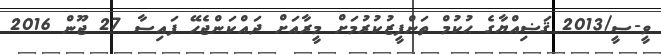
ވީ-ސީ/2013 ޤަޟިއްޔާގެ ޙުކުމް ތަންފީޒުކުރުމަށް މީރާއަށް ދައްކަންޖެހޭ ފައިސާ 27 ޖޫން 2016